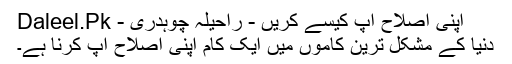
اپنی اصلاح آپ کیسے کریں - راحیلہ چوہدری - Daleel.Pk
دنیا کے مشکل ترین کاموں میں ایک کام اپنی اصلاح آپ کرنا ہے۔